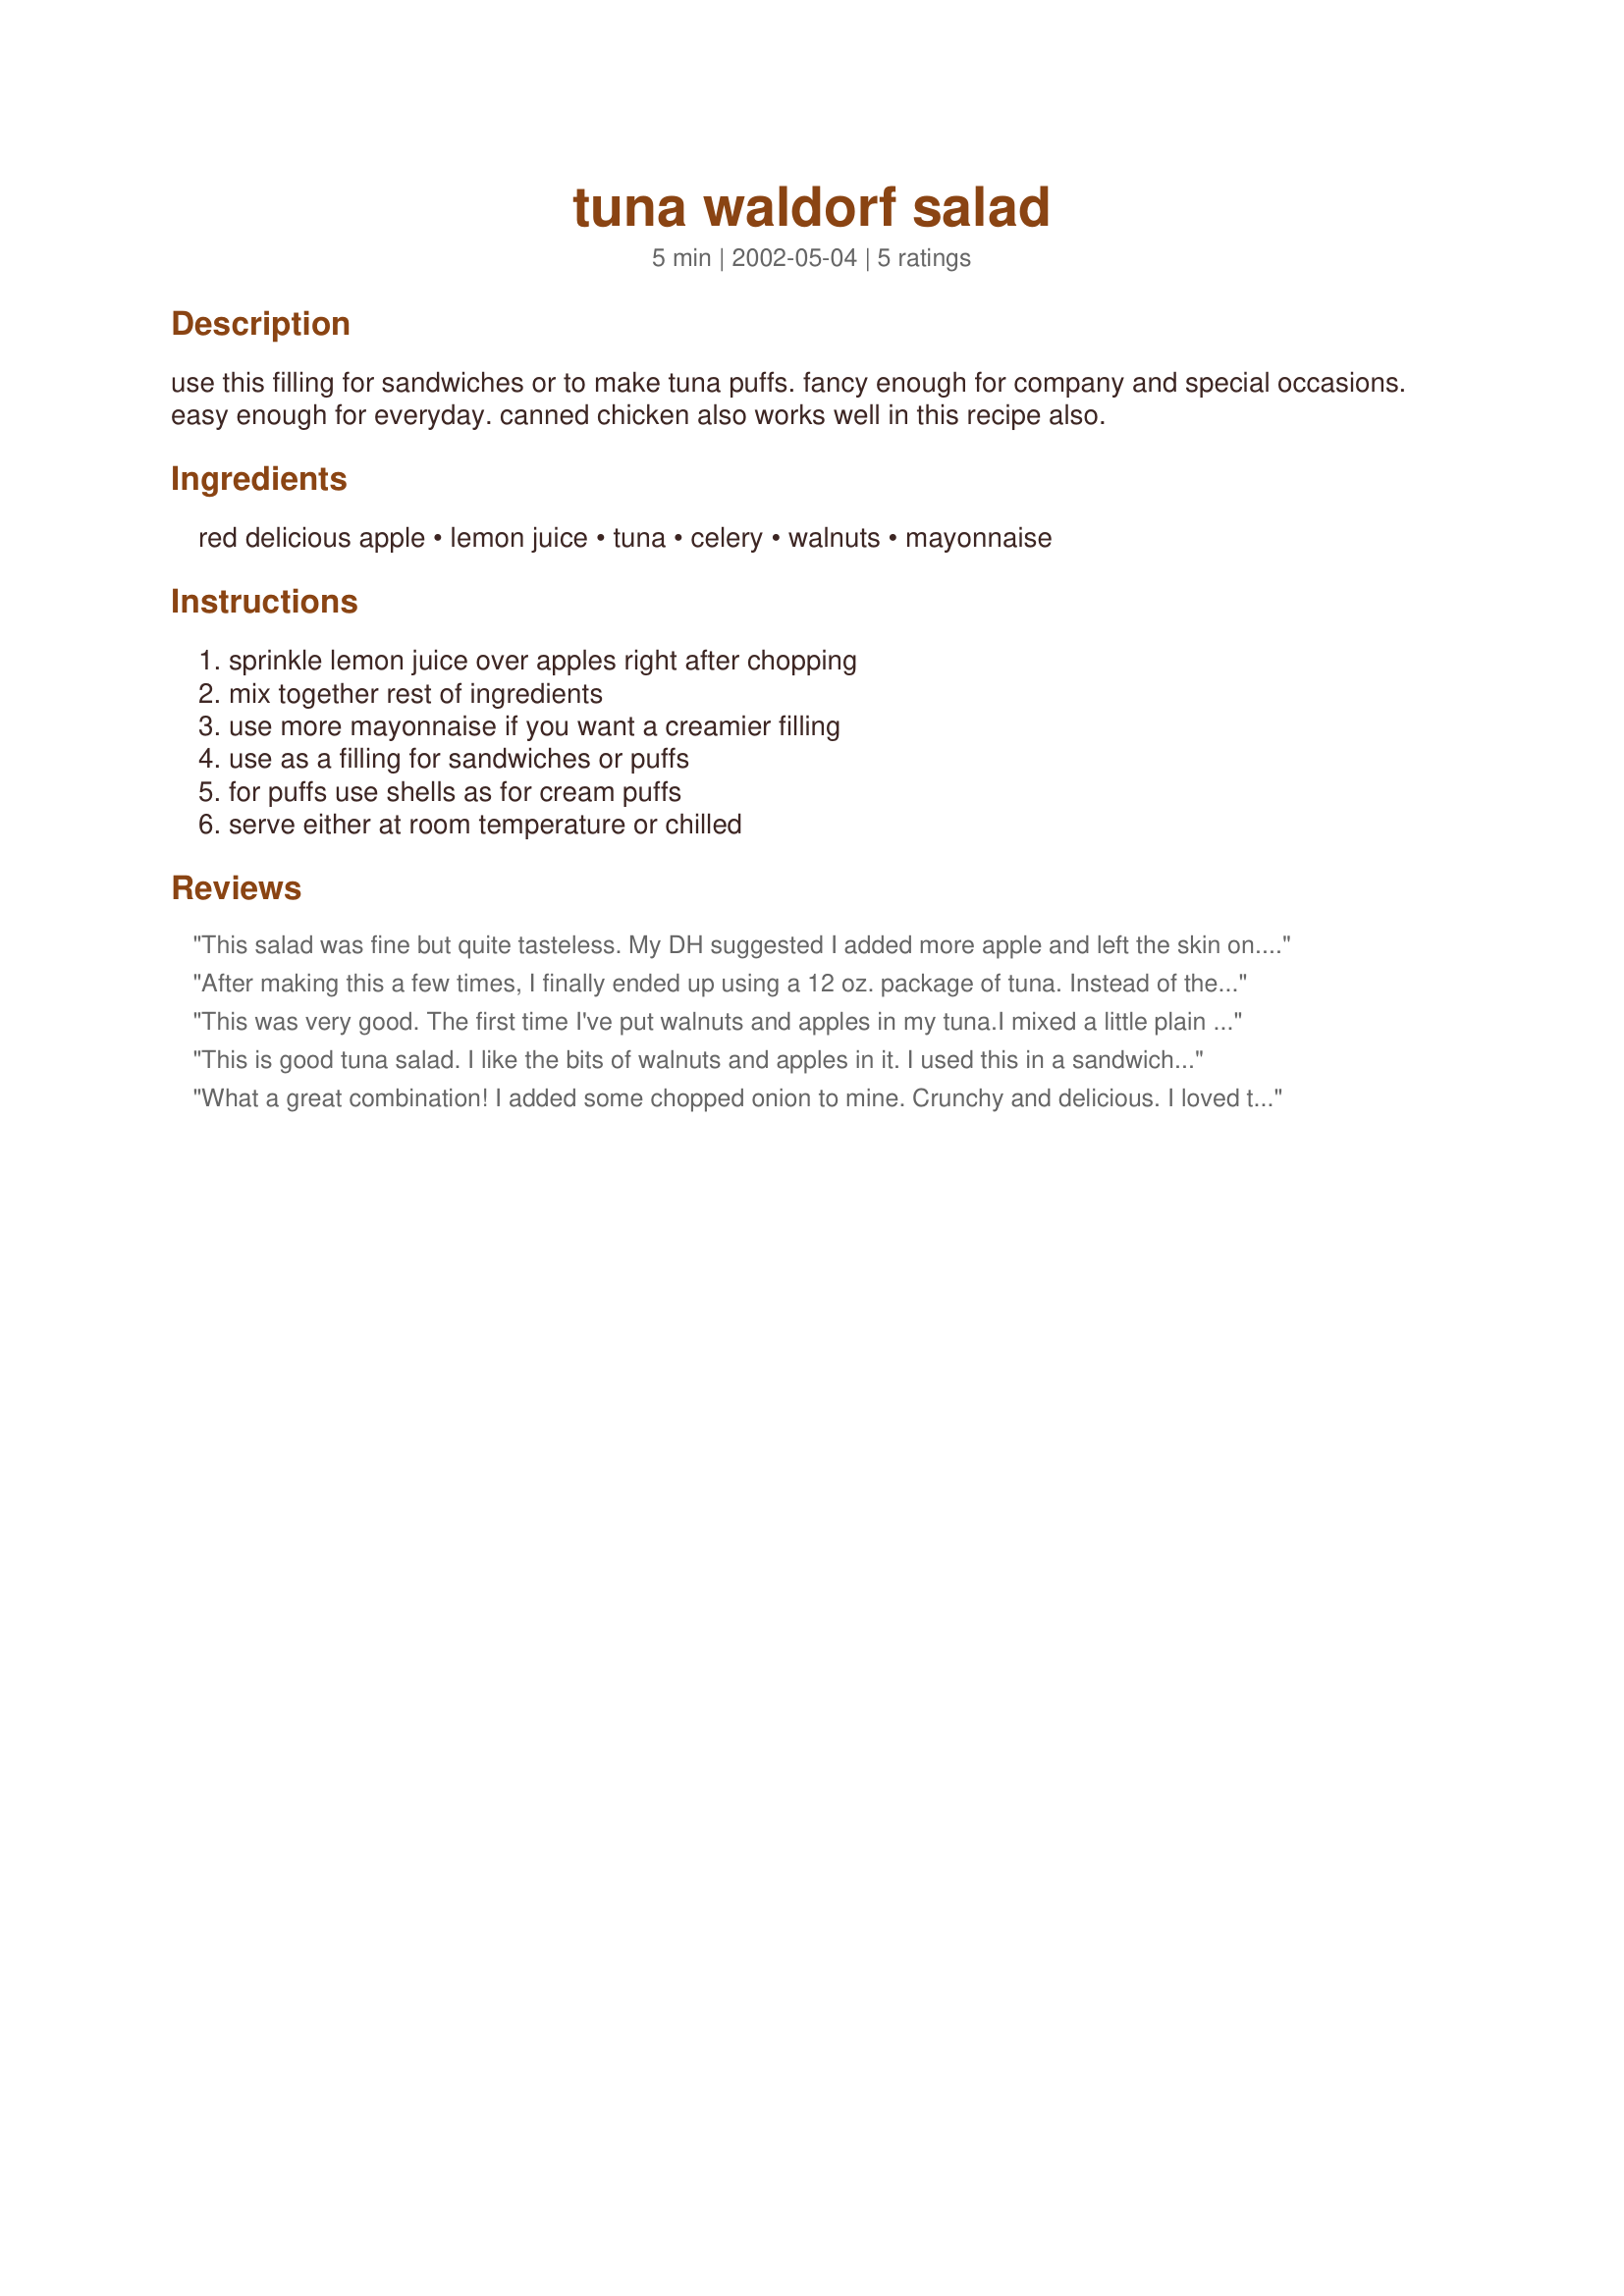
tuna waldorf salad
Preparation time: 5 minutes

use this filling for sandwiches or to make tuna puffs. fancy enough for company and special occasions. easy enough for everyday. canned chicken also works well in this recipe also.

Ingredients:
red delicious apple, lemon juice, tuna, celery, walnuts, mayonnaise

Steps:
sprinkle lemon juice over apples right after chopping, mix together rest of ingredients, use more mayonnaise if you want a creamier filling, use as a filling for sandwiches or puffs, for puffs use shells as for cream puffs, serve either at room temperature or chilled

Reviews:
This salad was fine but quite tasteless. My DH suggested I added more apple and left the skin on. That gave it some more flavor and color. Needed more lemon juice and some salt and pepper. Nice change of pace. Thank you
After making this a few times, I finally ended up using a 12 oz. package of tuna. Instead of the lemon juice, I sprinkled fruit fresh on the apple after it was chopped. I did add a little more mayonnaise. It was excellent, and not a bit runny. Much better than varieties made with pickle relish or sweet pickle. Thanks again for posting! This is going to be my "go to" recipe for Tuna Salad!
This was very good. The first time I've put walnuts and apples in my tuna.I mixed a little plain yogurt in with the mayo. I ate this with Triscuits (due to bread shortage!)and it "hit the spot." 

Roxygirl
This is good tuna salad. I like the bits of walnuts and apples in it. I used this in a sandwich and think it would be good as a tuna melt with a piece of cheddar cheese on it too. Thanks Tarynne!
What a great combination! I added some chopped onion to mine. Crunchy and delicious. I loved the sweetness from the apple. Makes a great summer salad. Thanx for sharing. I'll make this again.
